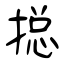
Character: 搃